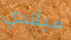
ميلادي